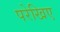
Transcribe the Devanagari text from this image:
परेखिए